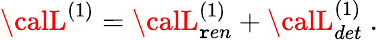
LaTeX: {\calL}^{(1)}={\calL}_{\mathtt{r}en}^{(1)}+{\calL}_{det}^{(1)}\ .